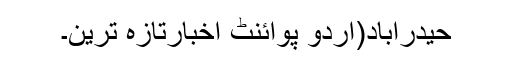
حیدرآباد(اُردو پوائنٹ اخبارتازہ ترین۔